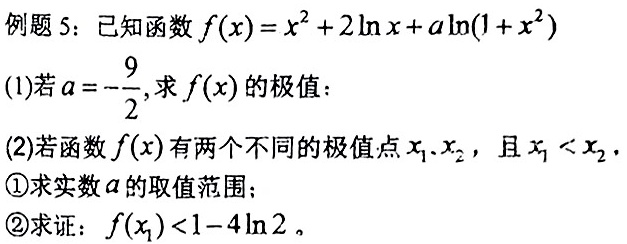
例题 5：已知函数$f(x)=x^{2}+2\ln x+a\ln(1 + x^{2})$
(1)若$a = -\frac{9}{2}$，求$f(x)$的极值：
(2)若函数$f(x)$有两个不同的极值点$x_{1}$、$x_{2}$，且$x_{1}<x_{2}$。
\textcircled{1}求实数$a$的取值范围；
\textcircled{2}求证：$f(x_{1})<1 - 4\ln2$。